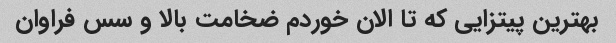
بهترین پیتزایی که تا الان خوردم ضخامت بالا و سس فراوان